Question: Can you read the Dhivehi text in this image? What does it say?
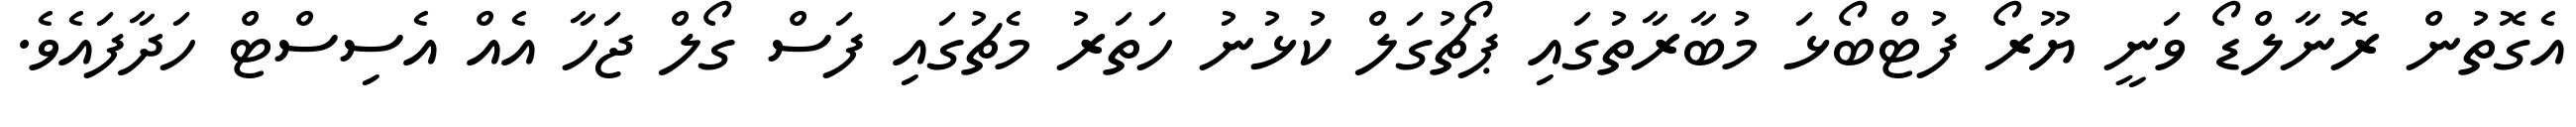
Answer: އެގޮތުން ރޮނާލްޑޯ ވަނީ ޔޫރޯ ފުޓްބޯޅަ މުބާރާތުގައި ޕޯޗުގަލް ކުޅުނު ހަތަރު މެޗުގައި ފަސް ގޯލް ޖަހާ އެއް އެސިސްޓް ހަދާފައެވެ.